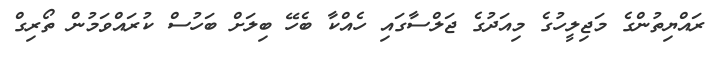
ރައްޔިތުންގެ މަޖިލީހުގެ މިއަދުގެ ޖަލްސާގައި ހެއްކާ ބެހޭ ބިލަށް ބަހުސް ކުރައްވަމުން ތޯރިގް